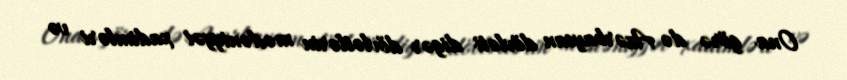
Ona görə də Azərbaycan dövləti digər dövlətlərin mədəniyyət xadimləri və